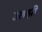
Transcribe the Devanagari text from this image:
उलझीं